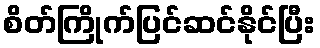
စိတ်ကြိုက်ပြင်ဆင်နိုင်ပြီး